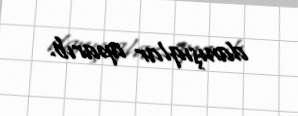
danışıqlar aparıb.